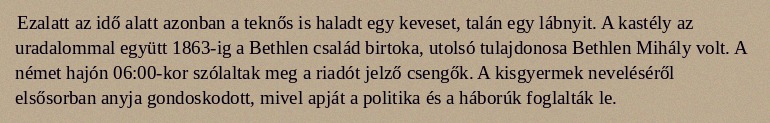
Ezalatt az idő alatt azonban a teknős is haladt egy keveset, talán egy lábnyit. A kastély az uradalommal együtt 1863-ig a Bethlen család birtoka, utolsó tulajdonosa Bethlen Mihály volt. A német hajón 06:00-kor szólaltak meg a riadót jelző csengők. A kisgyermek neveléséről elsősorban anyja gondoskodott, mivel apját a politika és a háborúk foglalták le.